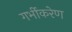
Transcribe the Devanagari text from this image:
गर्भीकरेण